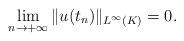
LaTeX: \begin{align*}\lim_{n\to+\infty}\Vert u(t_n)\Vert_{L^\infty(K)}=0.\end{align*}